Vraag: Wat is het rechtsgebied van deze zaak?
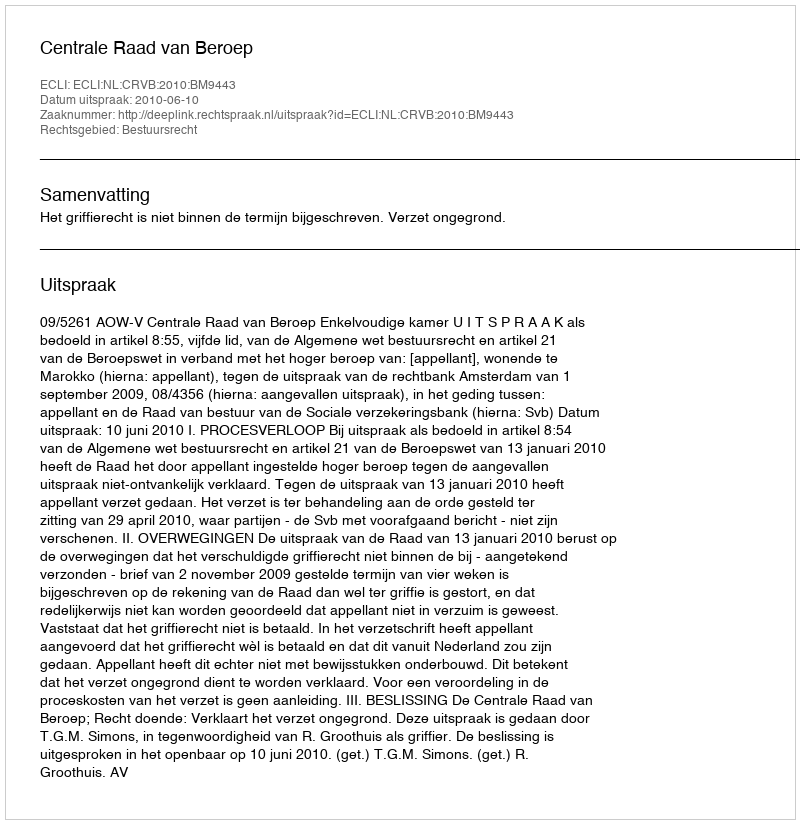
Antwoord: Bestuursrecht